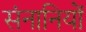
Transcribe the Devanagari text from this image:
संनानियों